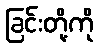
ခြင်းတို့ကို